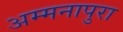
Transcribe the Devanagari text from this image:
अम्मनापुरा